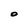
Character: O